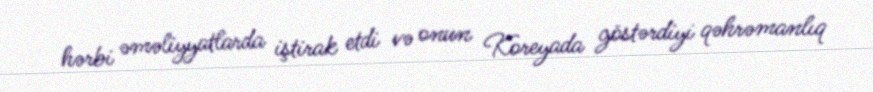
hərbi əməliyyatlarda iştirak etdi və onun Koreyada göstərdiyi qəhrəmanlıq